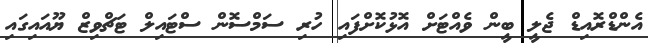
އެންޑްރޮއިޑް ޖެލީ ބީން ވެއްޓަށް އޮޅުކޮށްފައި ހުރި ސަމްސޮން ސްޓައިލް ޓަޗްވިޒް ޔޫއައިގައި